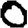
Digit: 0